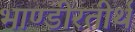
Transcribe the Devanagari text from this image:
भाण्डीरतीर्थ